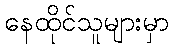
နေထိုင်သူများမှာ